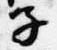
子